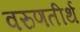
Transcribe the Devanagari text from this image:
वरुणतीर्थ